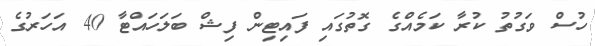
ހުސް ވަގުތު ކުރާ ކަމެއްގެ ގޮތުގައި ފައިޓިން ފިޝް ބަލަހައްޓާ 40 އަހަރުގެ